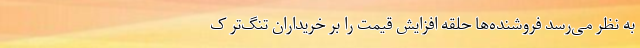
به نظر می‌رسد فروشنده‌ها حلقه افزایش قیمت را بر خریداران تنگ‌تر ک